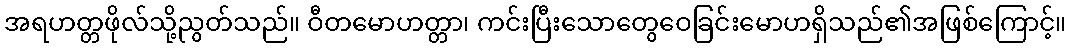
အရဟတ္တဖိုလ်သို့ညွတ်သည်။ ဝီတမောဟတ္တာ၊ ကင်းပြီးသောတွေဝေခြင်းမောဟရှိသည်၏အဖြစ်ကြောင့်။